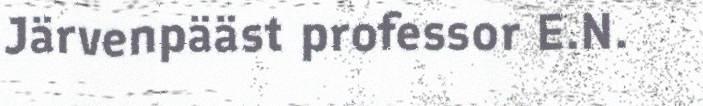
Järvenpääst professor E.N.